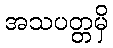
အသပတ္တမှိ